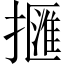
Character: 擓